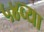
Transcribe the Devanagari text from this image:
५४व्या